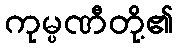
ကုမ္ပဏီတို့၏